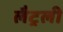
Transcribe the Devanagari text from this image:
लैट्रली